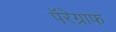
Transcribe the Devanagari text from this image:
पॅरेग्राफ